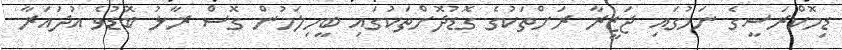
ޑިމޮކްރަސީގެ ނަމުގައި ޖަޒީރާ ރަށްތަކުގެ ގޮޑުދޮށްތަކުގައި ބީހިލަމުން ގޮސް ރާޅު ބޮޑުވެ އުދައަރާ